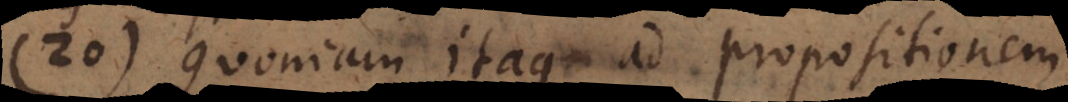
20) Quoniam itaque ad propositionem